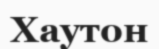
Хаутон